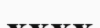
хххх